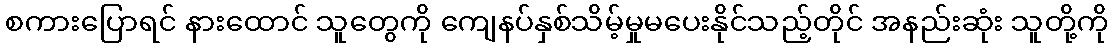
စကားပြောရင် နားထောင် သူတွေကို ကျေနပ်နှစ်သိမ့်မှုမပေးနိုင်သည့်တိုင် အနည်းဆုံး သူတို့ကို